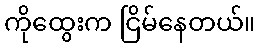
ကိုထွေးက ငြိမ်နေတယ်။